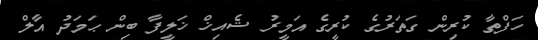
ހަފްތާ ކުރިން ގަތަރުގެ ކުރީގެ އަމީރު ޝެއިޚް ޚަލީފާ ބިން ޙަމަދު އާލް